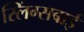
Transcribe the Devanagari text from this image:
स्लिंग्सबाई